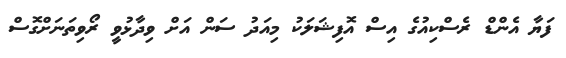
ފަޔާ އެންޑް ރެސްކިއުގެ އިސް އޮފިޝަލަކު މިއަދު ސަން އަށް ވިދާޅުވީ ރޯވިތަނަށްގޮސް